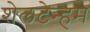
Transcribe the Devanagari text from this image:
शेलटेन्हम